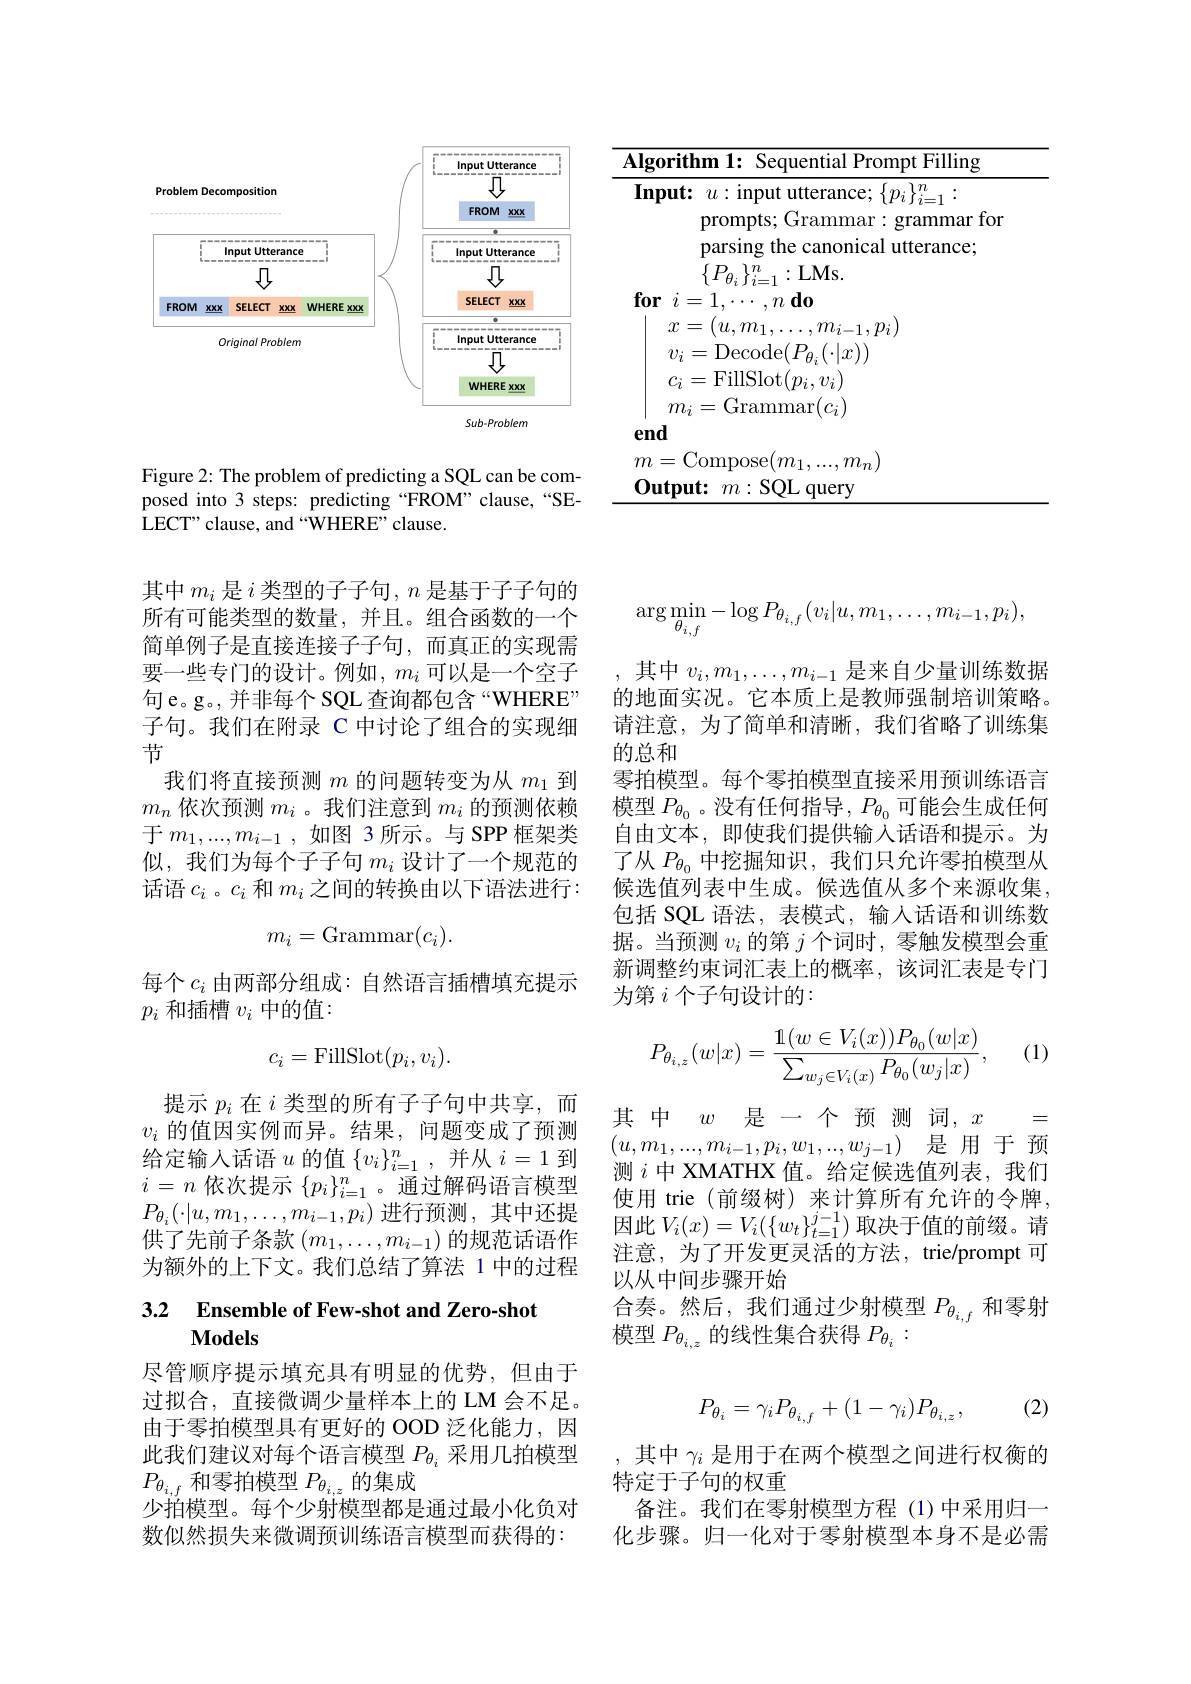
<table>
	<tbody>
		<tr>
			<td>$\overline{\mathbf{AI}}$</td>
			<td>${\mathrm{rithm~1:~Sequential~Prompt~Filling}}$</td>
		</tr>
		<tr>
			<td>$AI$ $\textbf{I}$</td>
			<td>rithm 1: Sequential Prompt Filling ${\overline{u:\text{ input utterance; }\{p_{i}\}_{i=1}^{n}:}}$ $\mathbf{1t:}$ prompts; Grammar: grammar fon parsing the canonical utterance;</td>
		</tr>
	</tbody>
</table>

<FigureHere>

Figure 2: The problem of predicting a SQL can be composed into 3 steps: predicting “FROM”clause,“SELECT" clause, and “WHERE” clause.

其中$m_i$是$i$类型的子子句，$n$是基于子子句的所有可能类型的数量，并且。组合函数的一个简单例子是直接连接子子句，而真正的实现需要一些专门的设计。例如，$m_i$可以是一个空子句e。g。,并非每个 SQL 查询都包含“WHERE” 子句。我们在附录 C 中讨论了组合的实现细节
我们将直接预测$m$的问题转变为从$m_1$到$m_n$依次预测$m_i$ 。我们注意到$m_i$的预测依赖于$m_1,...,m_{i-1}$ ,如图 3 所示。与 SPP 框架类似，我们为每个子子句$m_i$ 设计了一个规范的话语$c_i$ 。$c_i$和$m_i$之间的转换由以下语法进行：
$$m_i=\mathrm{Grammar}(c_i).$$
每个$c_i$ 由两部分组成：自然语言插槽填充提示
$p_i$和插槽$v_i$中的值：
$$c_i=\text{FillSlot}(p_i,v_i).$$
提示$p_i$在$i$类型的所有子子句中共享，而$v_i$的值因实例而异。结果，问题变成了预测给定输入话语$u$的值$\{v_i\}_i=1^n$,并从$i=1$到$i=n$依次提示$\{p_i\}_i=1^n$。通过解码语言模型$P_{\theta_i}(\cdot|u,m_1,\ldots,m_{i-1},p_i)$进行预测，其中还提供了先前子条款$\left(m_1,\ldots,m_{i-1}\right)$的规范话语作为额外的上下文。我们总结了算法 1 中的过程

# 3.2 Ensemble of Few-shot and Zero-shot Models

尽管顺序提示填充具有明显的优势，但由于过拟合，直接微调少量样本上的 LM 会不足。由于零拍模型具有更好的 OOD 泛化能力，因此我们建议对每个语言模型$P_{\theta_i}$采用几拍模型$P_{\theta_{i,f}}$和零拍模型$P_\theta_{i,z}$的集成
少拍模型。每个少射模型都是通过最小化负对数似然损失来微调预训练语言模型而获得的：
$$\arg\min_{\theta_{i,f}}-\log P_{\theta_{i,f}}(v_i|u,m_1,\ldots,m_{i-1},p_i),$$
其中$v_i,m_1,\ldots,m_{i-1}$是来自少量训练数据的地面实况。它本质上是教师强制培训策略。请注意，为了简单和清晰，我们省略了训练集的总和
零拍模型。每个零拍模型直接采用预训练语言模型$P_{\theta_0}$ 。没有任何指导，$P_{\theta_0}$可能会生成任何自由文本，即使我们提供输入话语和提示。为了从$P_{\theta_0}$中挖掘知识，我们只允许零拍模型从候选值列表中生成。候选值从多个来源收集， 包括 SQL 语法，表模式，输人话语和训练数据。当预测$v_i$的第$j$个词时，零触发模型会重新调整约束词汇表上的概率，该词汇表是专门为第$i$个子句设计的：

(1)
$$P_{\theta_{i,z}}(w|x)=\frac{1(w\in V_i(x))P_{\theta_0}(w|x)}{\sum_{w_j\in V_i(x)}P_{\theta_0}(w_j|x)},$$
其 中$w$是一个 预 测 词，$x=$ $( u, m_1, . . . , m_{i- 1}, p_i, w_1, . . . , w_{j- 1})$ 是用于预测$i$中 XMATHX 值。给定候选值列表，我们使用 trie (前缀树)来计算所有允许的令牌， 因此$V_i(x)=V_i(\{w_t\}_{t=1}^{j-1})$ 取决于值的前缀。请注意，为了开发更灵活的方法，trie/prompt 可以从中间步骤开始
合奏。然后，我们通过少射模型$P_{\theta_{i,f}}$和零射
模型$P_{\theta_{i,z}}$的线性集合获得$P_{\theta_i}:$

(2)
$$P_{\theta_i}=\gamma_iP_{\theta_{i,f}}+(1-\gamma_i)P_{\theta_{i,z}},$$
,其中$\gamma_i$是用于在两个模型之间进行权衡的
特定于子句的权重
备注。我们在零射模型方程(1)中采用归一化步骤。归一化对于零射模型本身不是必需